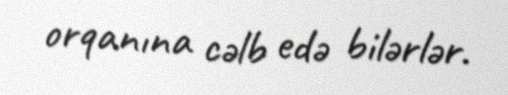
orqanına cəlb edə bilərlər.